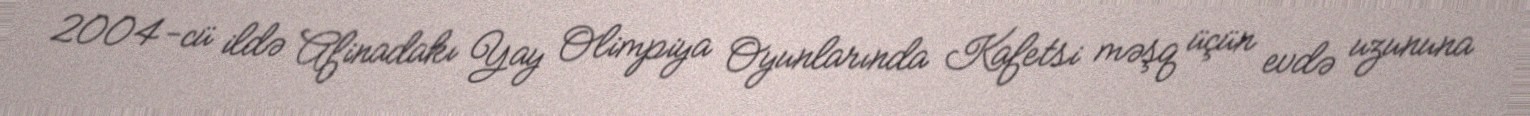
2004-cü ildə Afinadakı Yay Olimpiya Oyunlarında Kafetsi məşq üçün evdə uzununa